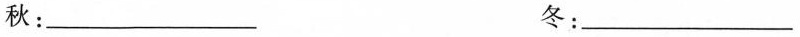
秋：____冬：____